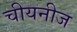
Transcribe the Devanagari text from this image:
चीयनीज